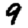
Digit: 9